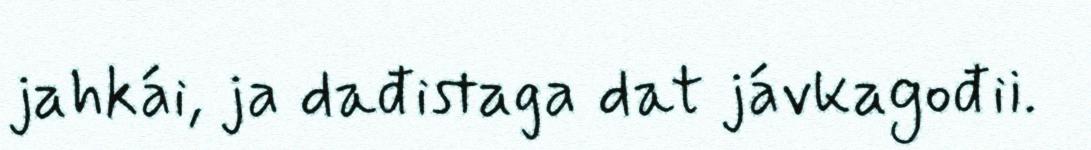
jahkái, ja dađistaga dat jávkagođii.